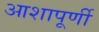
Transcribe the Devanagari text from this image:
आशापूर्णी